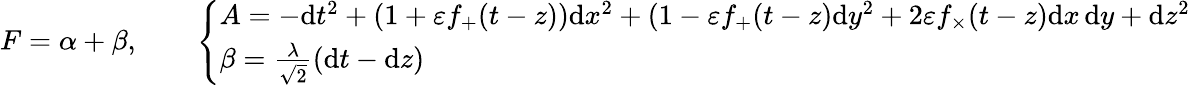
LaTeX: \begin{array}{r}{F=\alpha+\beta,\qquad\left\{ \begin{array}{ll}{A=-\mathrm{d}t^{2}+(1+\varepsilon f_{+}(t-z))\mathrm{d}x^{2}+(1-\varepsilon f_{+}(t-z)\mathrm{d}y^{2}+2\varepsilon f_{\times}(t-z)\mathrm{d}x\, \mathrm{d}y+\mathrm{d}z^{2}}\\ {\beta=\frac{\lambda}{\sqrt{2}}\left(\mathrm{d}t-\mathrm{d}z\right)}\end{array}\right.}\end{array}